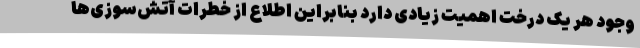
وجود هر یک درخت اهمیت زیادی دارد بنابراین اطلاع از خطرات آتش‌سوزی‌ها